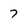
Character: 7